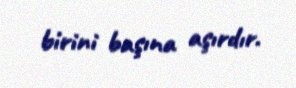
birini başına aşırdır.